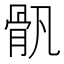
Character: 骪